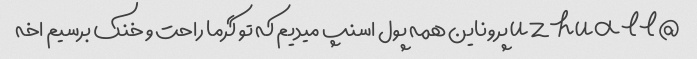
@uzhuall پروناین همه پول اسنپ میدیم که تو گرما راحت و خنک برسیم اخه